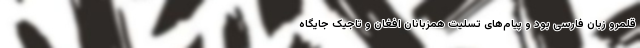
قلمرو زبان فارسی بود و پیام‌های تسلیت همزبانان افغان و تاجیک جایگاه